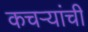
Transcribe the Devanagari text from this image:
कचऱ्यांची